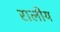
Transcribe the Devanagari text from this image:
रालीय